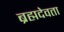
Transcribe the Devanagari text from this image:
ब्रह्मदेवता